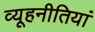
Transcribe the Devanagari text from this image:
व्यूहनीतियां